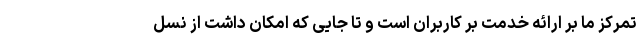
تمرکز ما بر ارائه خدمت بر کاربران است و تا جایی که امکان داشت از نسل